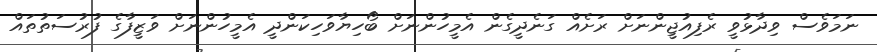
ނަމަވެސް ވިދާޅުވީ ރެފިއުޖީންނަށް ރަށެއް ގަނެދީގެން އެމީހުންނަށް ބޯހިޔާވަހިކަންދީ އެމީހުންނަށް ވަޒީފާގެ ފުރުސަތުތައް